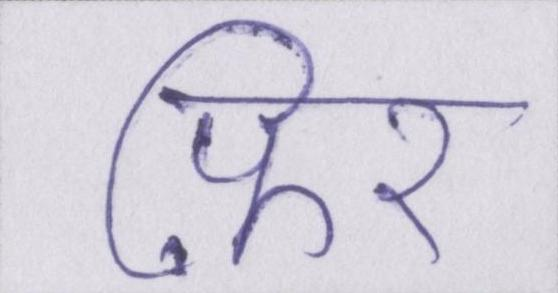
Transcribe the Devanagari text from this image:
फ़िर